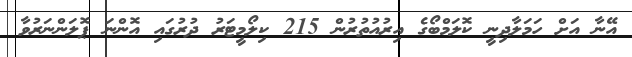
އޭނާ އަށް ހަމަލާދިނީ ކޮލަމްބޯގެ އިރުއުތުރުން 215 ކިލޯމީޓަރު ދުރުގައި އޮންނަ ޕޮލަންނަރުވާ